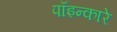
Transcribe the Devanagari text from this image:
पॉइन्कारे